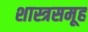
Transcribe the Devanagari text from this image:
शास्त्रसमूह